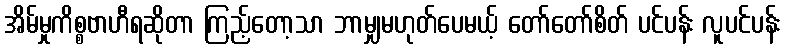
အိမ်မှုကိစ္စဗာဟီရဆိုတာ ကြည့်တော့သာ ဘာမျှမဟုတ်ပေမယ့် တော်တော်စိတ် ပင်ပန်း လူပင်ပန်း